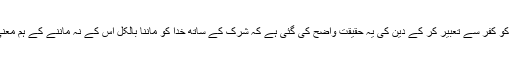
شرک کو کفر سے تعبیر کر کے دین کی یہ حقیقت واضح کی گئی ہے کہ شرک کے ساتھ خدا کو ماننا بالکل اس کے نہ ماننے کے ہم معنی ہے۔